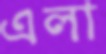
এলা